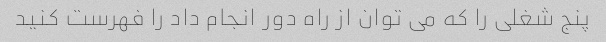
پنج شغلی را که می توان از راه دور انجام داد را فهرست کنید